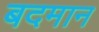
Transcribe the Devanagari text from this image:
बदमान